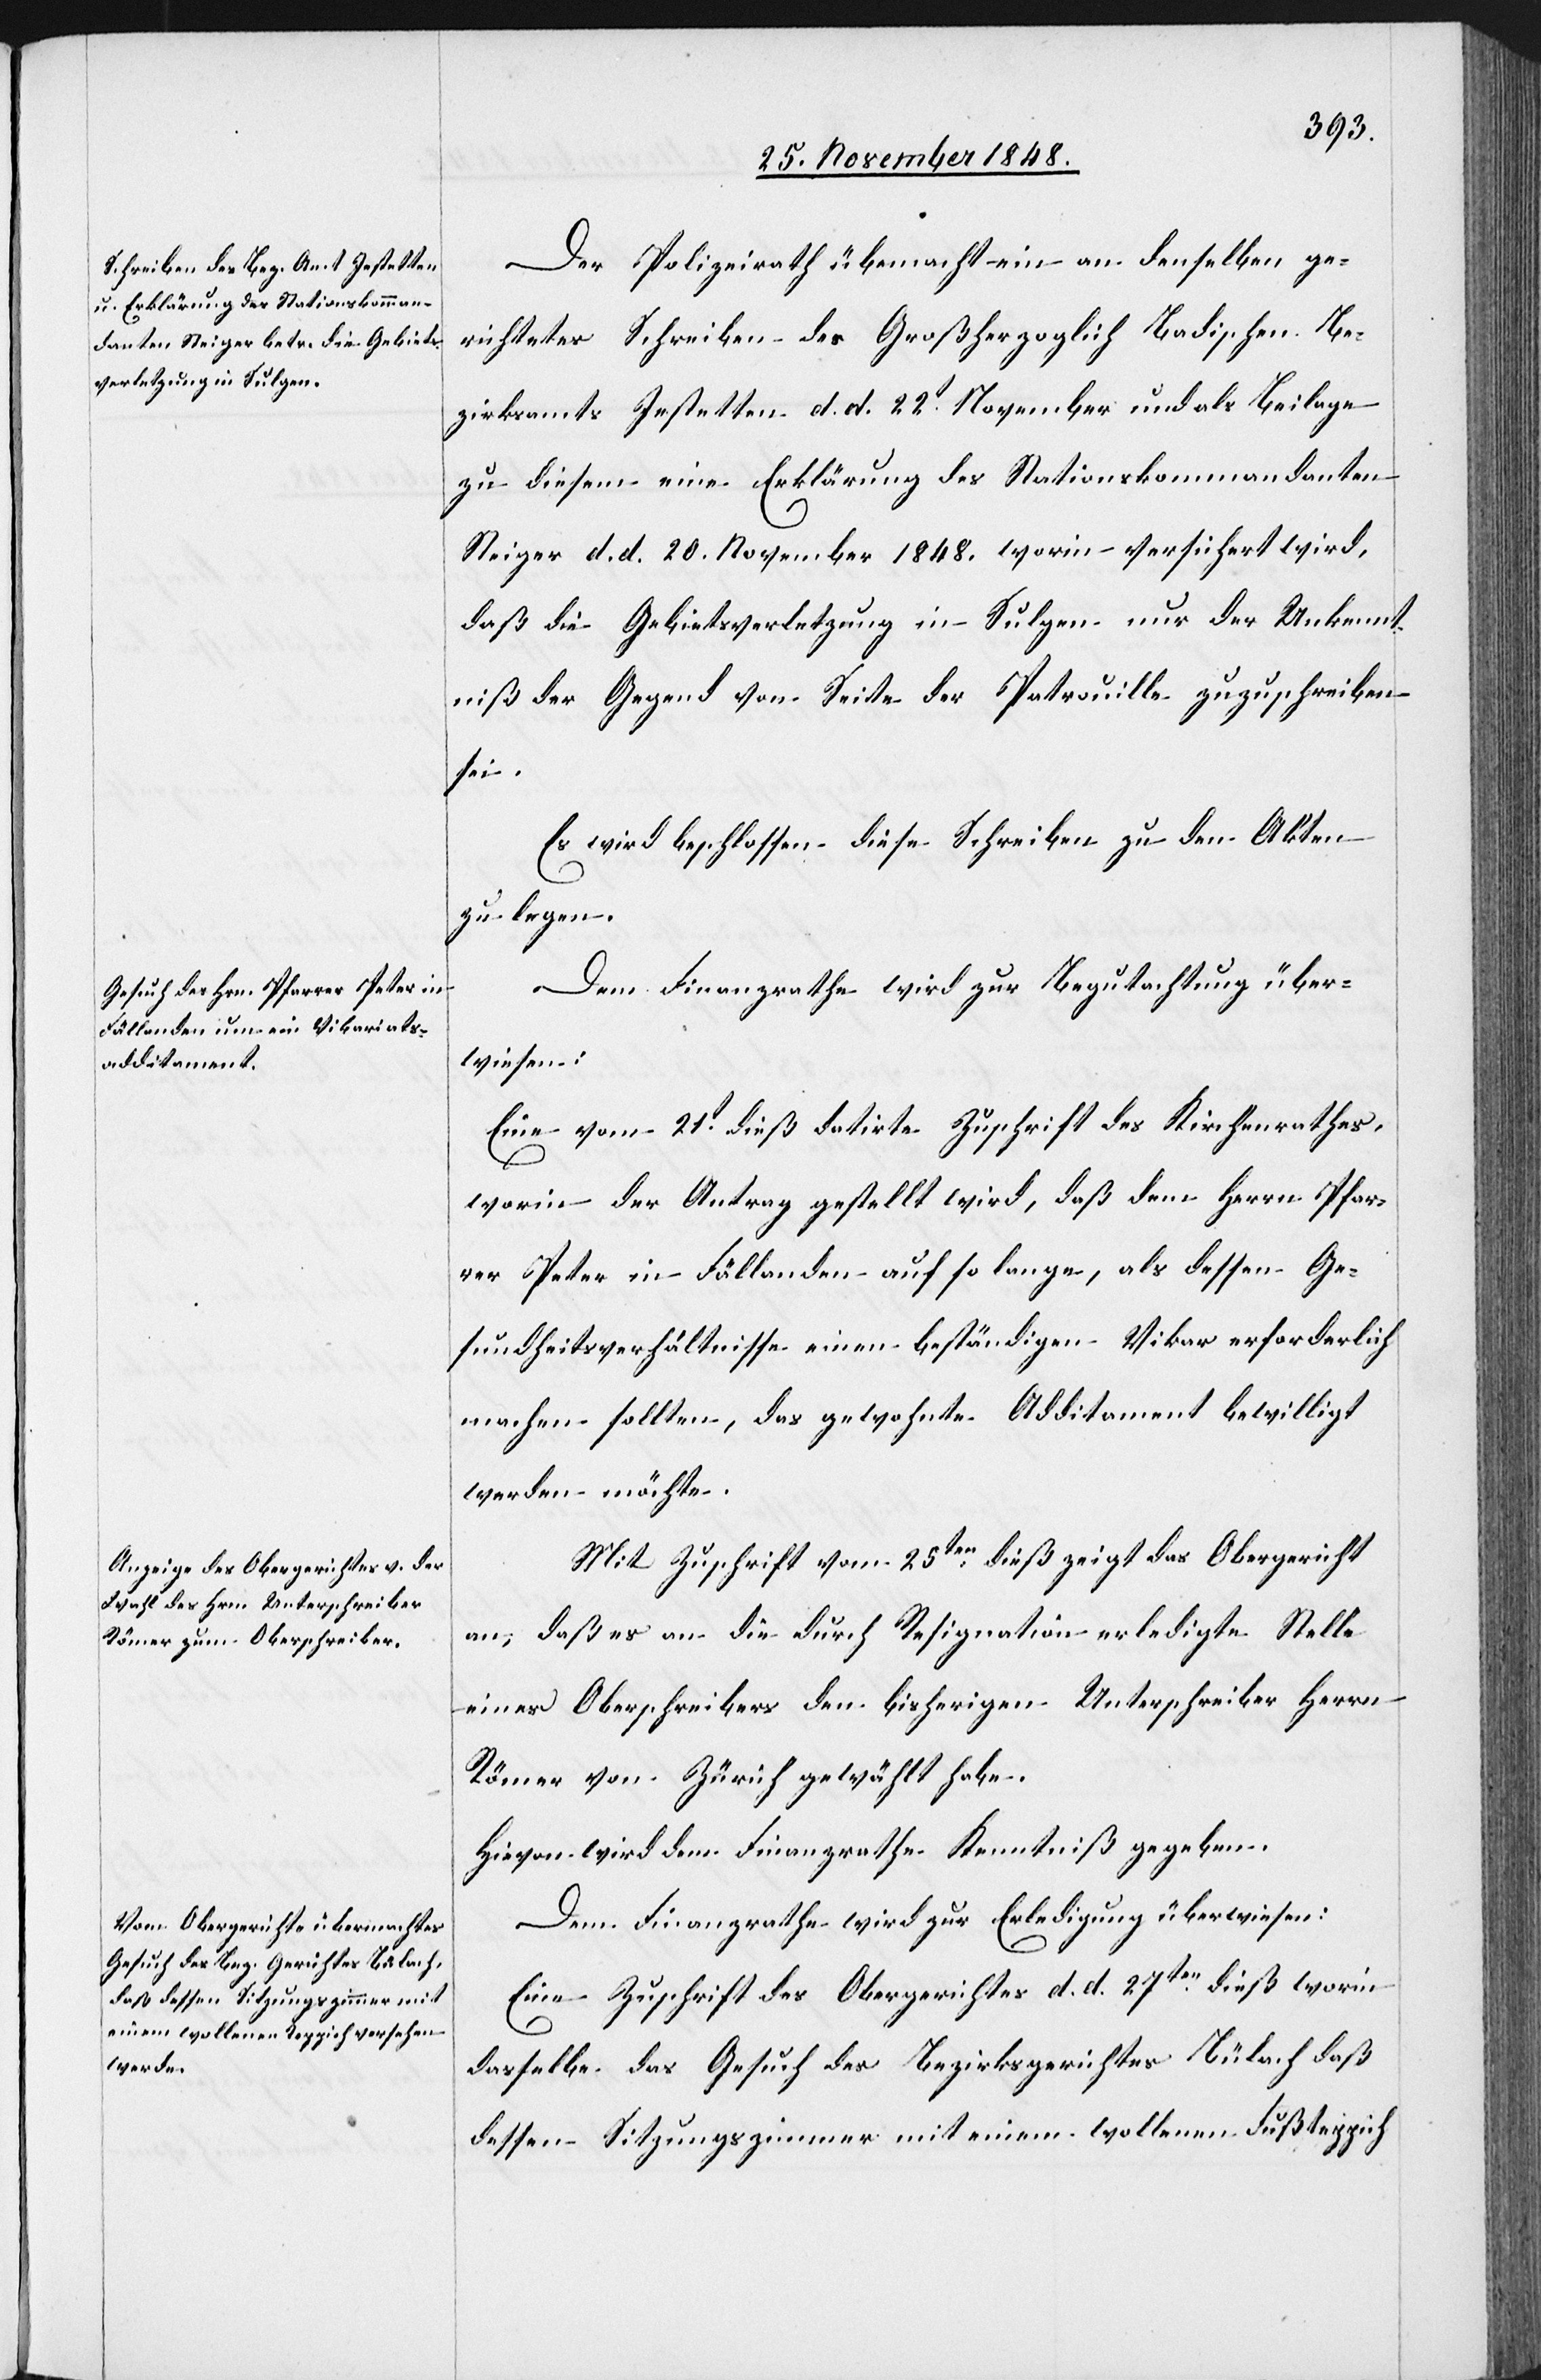
28. November 1848.]
Der Polizeirath übermacht ein an denselben ge¬
richtetes Schreiben des Großherzoglich Badischen Be¬
zirksamts Jestetten d. d. 22t November und als Beilage
zu diesem eine Erklärung des Stationskommandanten
Steiger d. d. 20. November 1848. worin versichert wird,
daß die Gebietsverletzung in Sulgen nur der Unkennt¬
niß der Gegend von Seite der Patrouille zuzuschreiben
sei.
Es wird beschlossen diese Schreiben zu den Akten
zu legen.
Dem Finanzrathe wird zur Begutachtung über¬
wiesen:
Eine vom 21t dieß datirte Zuschrift des Kirchenrathes,
worin der Antrag gestellt wird, daß dem Herrn Pfar¬
rer Peter in Fällanden auf so lange, als dessen Ge¬
sundheitsverhältnisse einen beständigen Vikar erforderlich
machen sollten, das gewohnte Additament bewilligt
werden möchte.
Mit Zuschrift vom 25ten dieß zeigt das Obergericht
an, daß es an die durch Resignation erledigte Stelle
eines Oberschreibers den bisherigen Unterschreiber Herrn
Römer von Zürich gewählt habe.
Hievon wird dem Finanzrathe Kenntniß gegeben.
Dem Finanzrathe wird zur Erledigung überwiesen:
Eine Zuschrift des Obergerichtes d. d. 27ten dieß worin
dasselbe das Gesuch des Bezirksgerichtes Bülach daß
dessen Sitzungszimmer mit einem wollenen Fußteppich